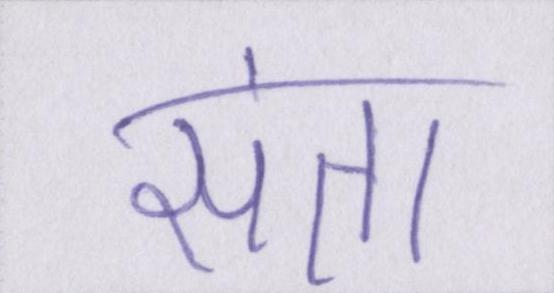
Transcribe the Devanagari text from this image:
संता